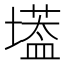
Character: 𡑷